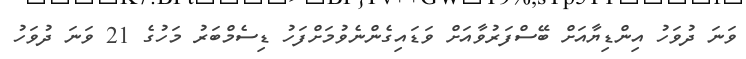
ވަނަ ދުވަހު އިންޑިޔާއަށް ބޭސްފަރުވާއަށް ވަޑައިގެންނެވުމަށްފަހު ޑިސެމްބަރު މަހުގެ 21 ވަނަ ދުވަހު